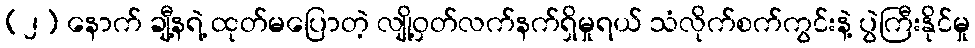
(၂) နောက် ချီ့နရဲ့ ထုတ်မပြောတဲ့ လျို့ဝှတ်လက်နက်ရှိမှုရယ် သံလိုက်စက်ကွင်းနဲ့ ပွဲကြီးနိုင်မှု